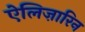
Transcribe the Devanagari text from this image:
ऐलिज़ारिन